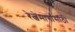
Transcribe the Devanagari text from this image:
रेल्वेमार्गासाठी